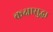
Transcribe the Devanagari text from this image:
कक्षासुद्धा